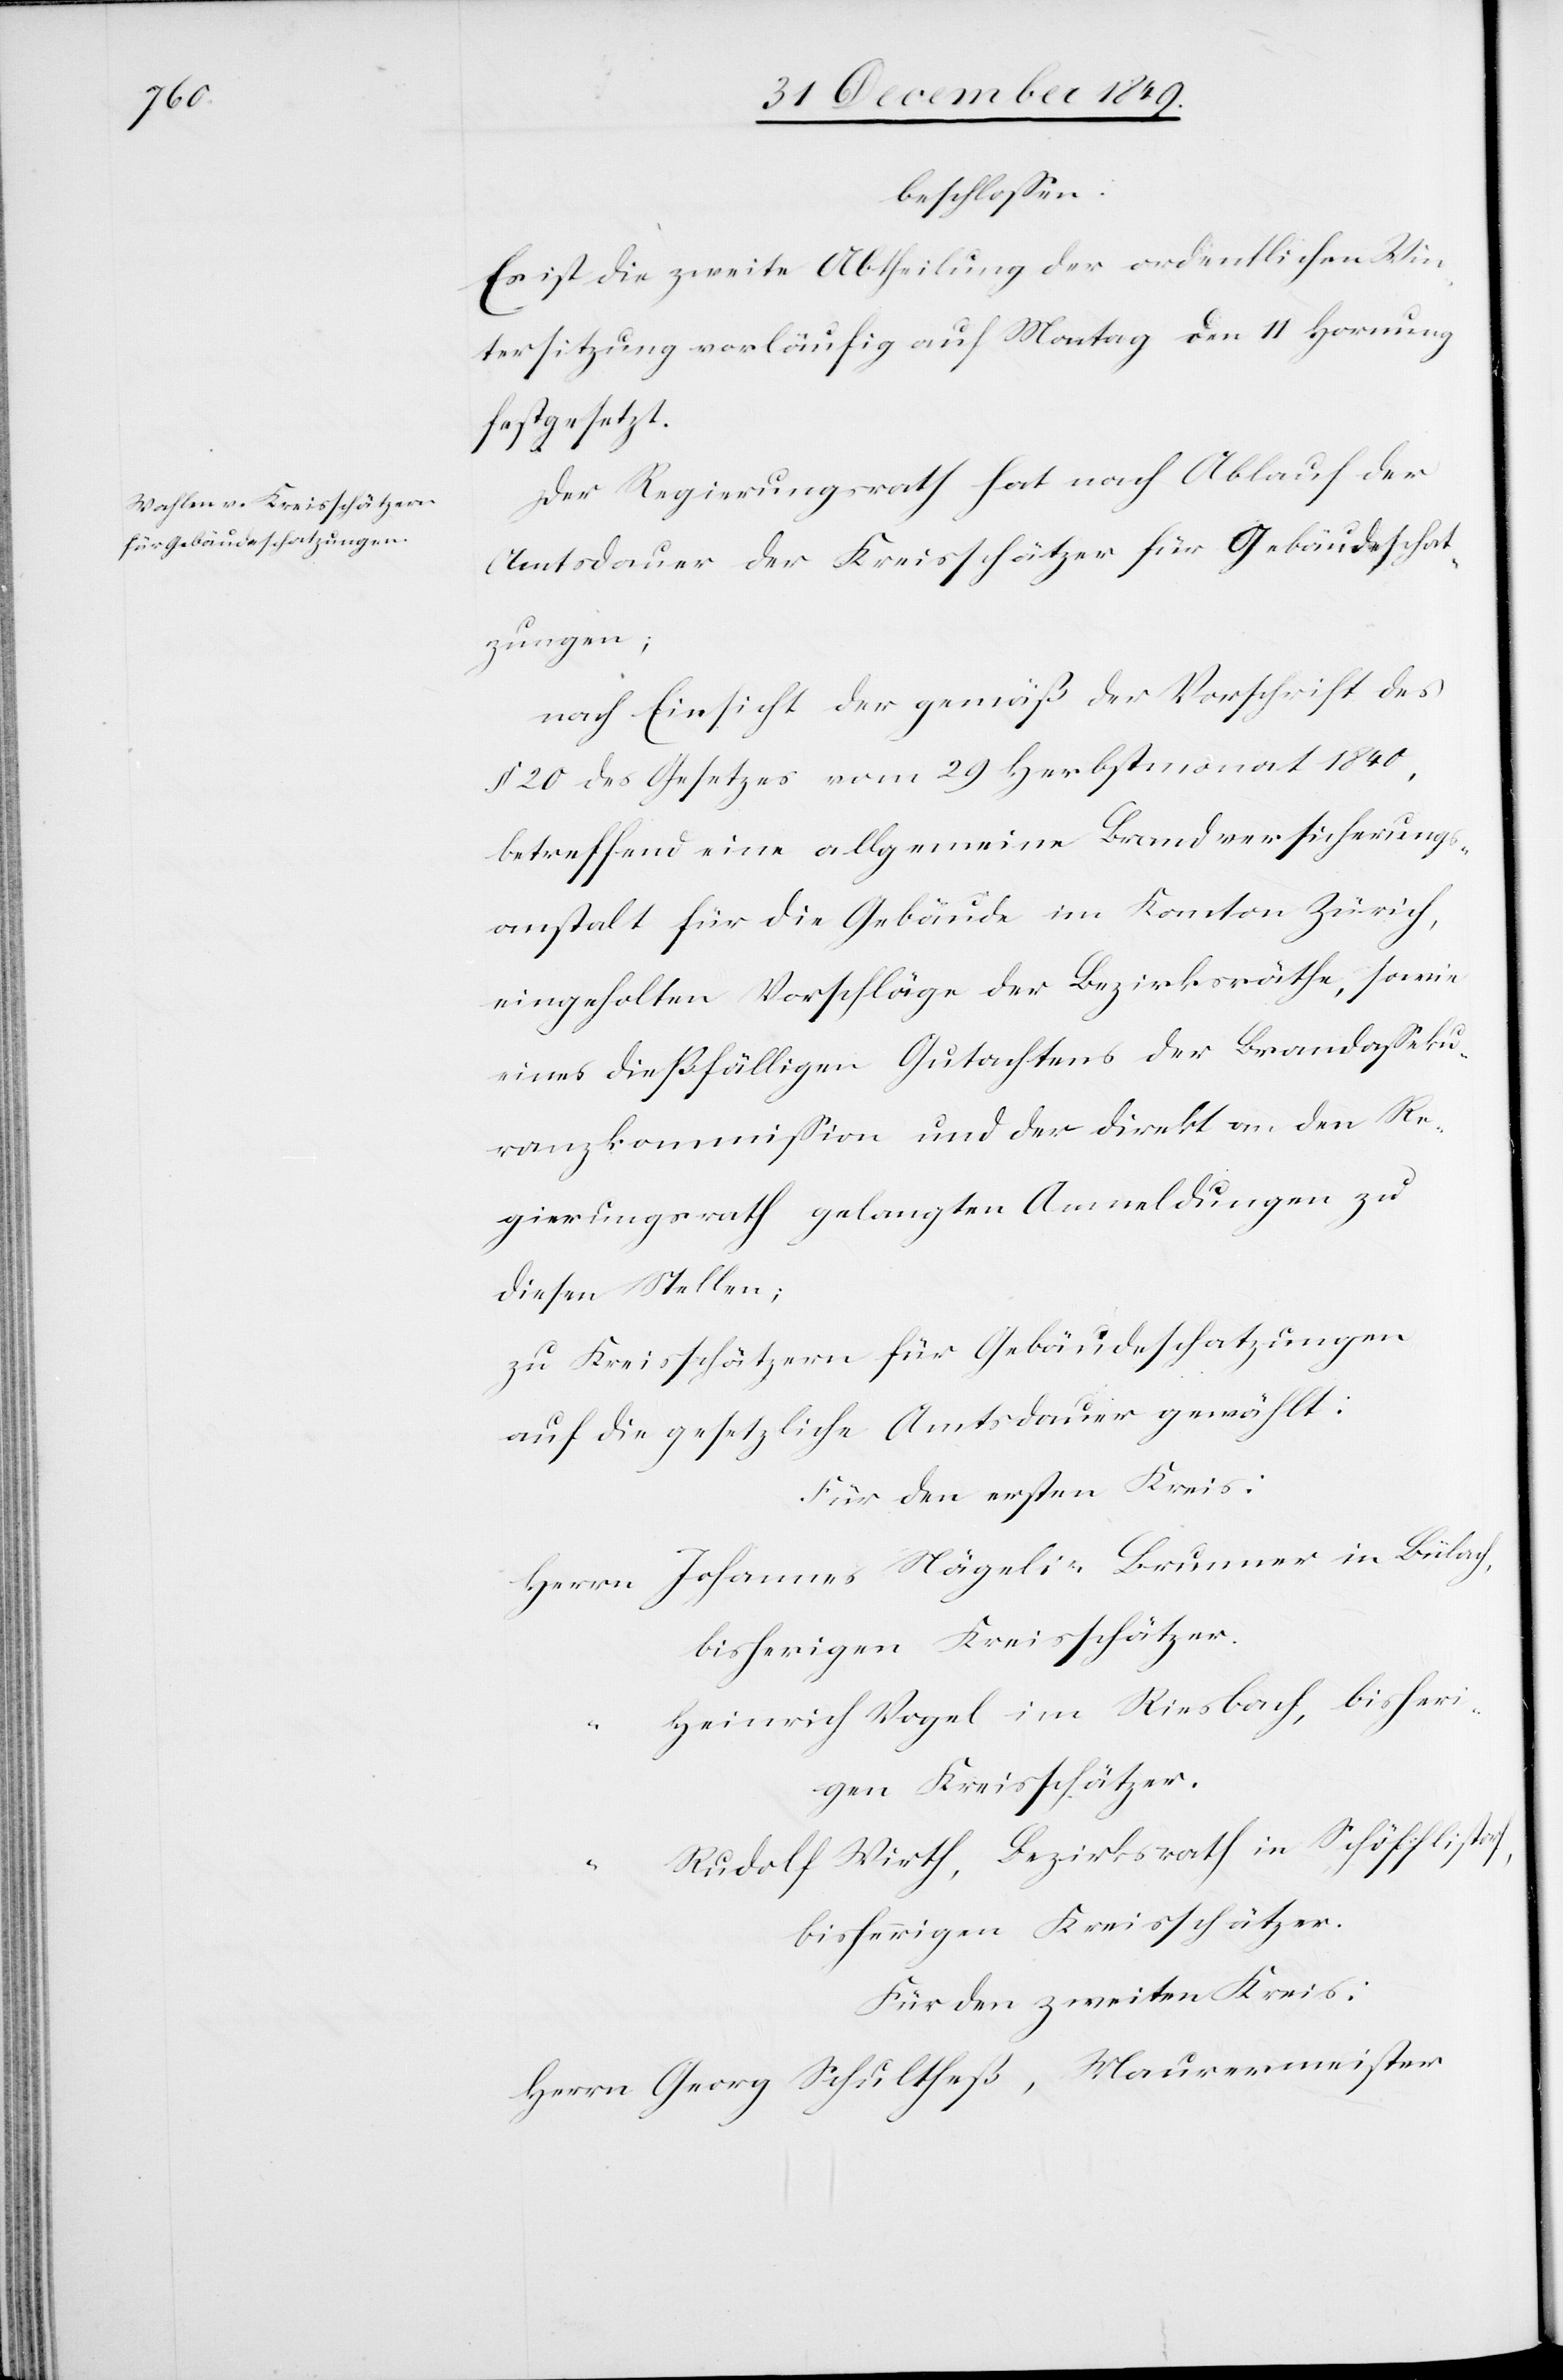
beschloßen:
Es ist die zweite Abtheilung der ordentlichen Win¬
tersitzung vorläufig auf Montag den 11 Hornung
festgesetzt.
Der Regierungsrath hat nach Ablauf der
Amtsdauer der Kreisschätzer für Gebäudeschat¬
zungen;
nach Einsicht der gemäß der Vorschrift des
§ 20 des Gesetzes vom 29 Herbstmonat 1840,
betreffend eine allgemeine Brandversicherungs¬
anstalt für die Gebäude im Kanton Zürich,
eingeholten Vorschläge der Bezirksräthe, sowie
eines dießfälligen Gutachtens der Brandaßeku¬
ranzkommißion und der direkt an den Re¬
gierungsrath gelangten Anmeldungen zu
diesen Stellen;
zu Kreisschätzern für Gebäudeschatzungen
auf die gesetzliche Amtsdauer gewählt:
Für den ersten Kreis:
Herrn Johannes Nägeli-Brunner in Bülach,
bisherigen Kreisschätzer.
Heinrich Vogel im Riesbach, bisheri¬
gen Kreisschätzer.
Rudolf Wirth, Bezirksrath in Schöfflistorf,
bisherigen Kreisschätzer.
Für den zweiten Kreis:
Herrn Georg Schultheß, Maurermeister